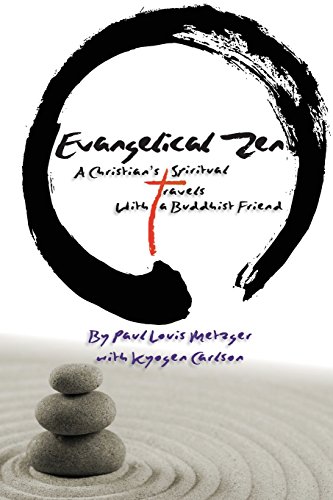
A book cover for Evangelical Zen: A Christian's Spiritual Travels With a Buddhist Friend; Paul Louis Metzger; Christian Books & Bibles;